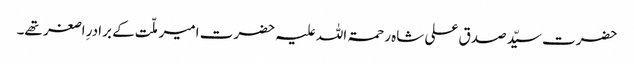
حضرت سیّد صدق علی شاہ رحمۃ اللہ علیہ حضرت امیر ملّت کے برادرِ اصغر تھے۔